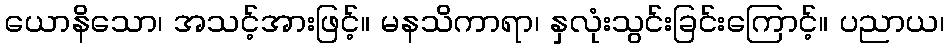
ယောနိသော၊ အသင့်အားဖြင့်။ မနသိကာရာ၊ နှလုံးသွင်းခြင်းကြောင့်။ ပညာယ၊